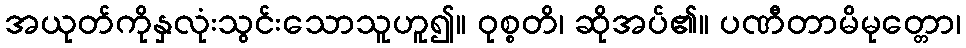
အယုတ်ကိုနှလုံးသွင်းသောသူဟူ၍။ ဝုစ္စတိ၊ ဆိုအပ်၏။ ပဏီတာမိမုတ္တော၊